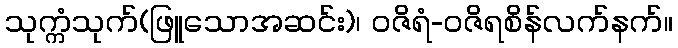
သုက္ကံသုက်(ဖြူသောအဆင်း)၊ ဝဇိရံ-ဝဇိရစိန်လက်နက်။